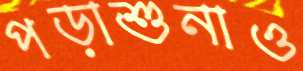
পড়াশুনাও